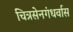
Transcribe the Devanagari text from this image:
चित्रसेनगंधर्वास